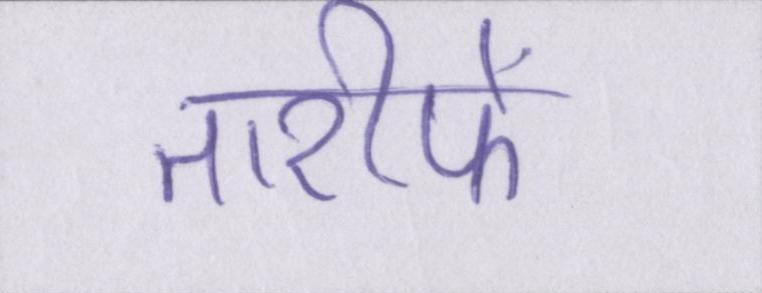
तारीफें